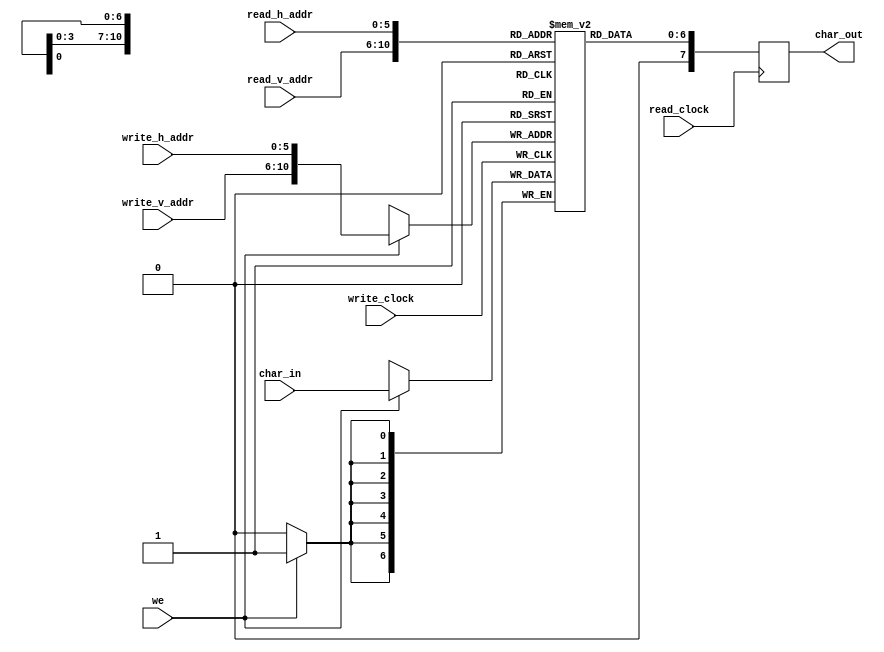
//
// Copyright (c) 2015 Thomas R. Murphy and Case Western Reserve University
// All Rights Reserved
//
// Developed by Thomas Russell Murphy (trm70) during employment as teaching
// assistant of EECS 301 at CWRU.
//
// THIS SOFTWARE IS PROVIDED BY THE COPYRIGHT HOLDERS AND CONTRIBUTORS ``AS IS''
// AND ANY EXPRESS OR IMPLIED WARRANTIES, INCLUDING, BUT NOT LIMITED TO, THE
// IMPLIED WARRANTIES OF MERCHANTABILITY AND FITNESS FOR A PARTICULAR PURPOSE ARE
// DISCLAIMED. IN NO EVENT SHALL THE COPYRIGHT HOLDER OR CONTRIBUTORS BE LIABLE FOR
// ANY DIRECT, INDIRECT, INCIDENTAL, SPECIAL, EXEMPLARY, OR CONSEQUENTIAL DAMAGES
// (INCLUDING, BUT NOT LIMITED TO, PROCUREMENT OF SUBSTITUTE GOODS OR SERVICES;
// LOSS OF USE, DATA, OR PROFITS; OR BUSINESS INTERRUPTION) HOWEVER CAUSED AND ON
// ANY THEORY OF LIABILITY, WHETHER IN CONTRACT, STRICT LIABILITY, OR TORT
// (INCLUDING NEGLIGENCE OR OTHERWISE) ARISING IN ANY WAY OUT OF THE USE OF THIS
// SOFTWARE, EVEN IF ADVISED OF THE POSSIBILITY OF SUCH DAMAGE.
//

module char_ram
       (
           input we, read_clock, write_clock,
           input [ 6: 0 ] char_in,
           input [ 5: 0 ] read_h_addr, write_h_addr,
           input [ 4: 0 ] read_v_addr, write_v_addr,
           output reg [ 7: 0 ] char_out
       );

// Combine the addresses
// 480/8 => 60 horizontal character cells used
// 272/16 => 17 vertical caracter cells used
wire [ 10: 0 ] read_addr, write_addr;
assign read_addr = { read_v_addr, read_h_addr };
assign write_addr = { write_v_addr, write_h_addr };

// Resultant memory is 6 bits by 5 bits: 2^11
// Character values are 7 bits
reg [ 6: 0 ] ram[ 2047: 0 ];

always @ ( posedge write_clock ) begin
    // Write
    if ( we ) begin
        ram[ write_addr ] <= char_in;
    end
end

always @ ( posedge read_clock ) begin
    // Read
    char_out <= ram[ read_addr ];
end
endmodule